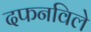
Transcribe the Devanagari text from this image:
दफनविले